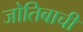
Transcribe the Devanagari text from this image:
जोतिबाची